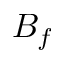
B _ { f }